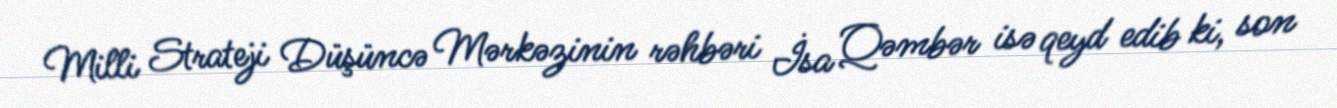
Milli Strateji Düşüncə Mərkəzinin rəhbəri İsa Qəmbər isə qeyd edib ki, son